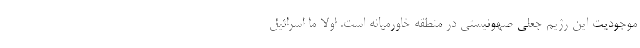
موجودیت این رژیم جعلی صهونیستی در منطقه خاورمیانه است. اولا ما اسرائیل